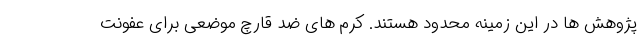
پژوهش ها در این زمینه محدود هستند. کرم های ضد قارچ موضعی برای عفونت